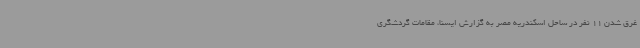
غرق شدن 11 نفر در ساحل اسکندریه مصر به گزارش ایسنا، مقامات گردشگری